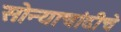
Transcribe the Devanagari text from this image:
सोन्याचांदीचे